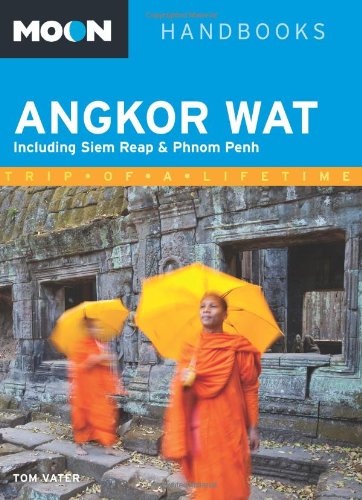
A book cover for Moon Angkor Wat: Including Siem Reap & Phnom Penh (Moon Handbooks); Tom Vater; Travel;